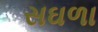
સઘળા